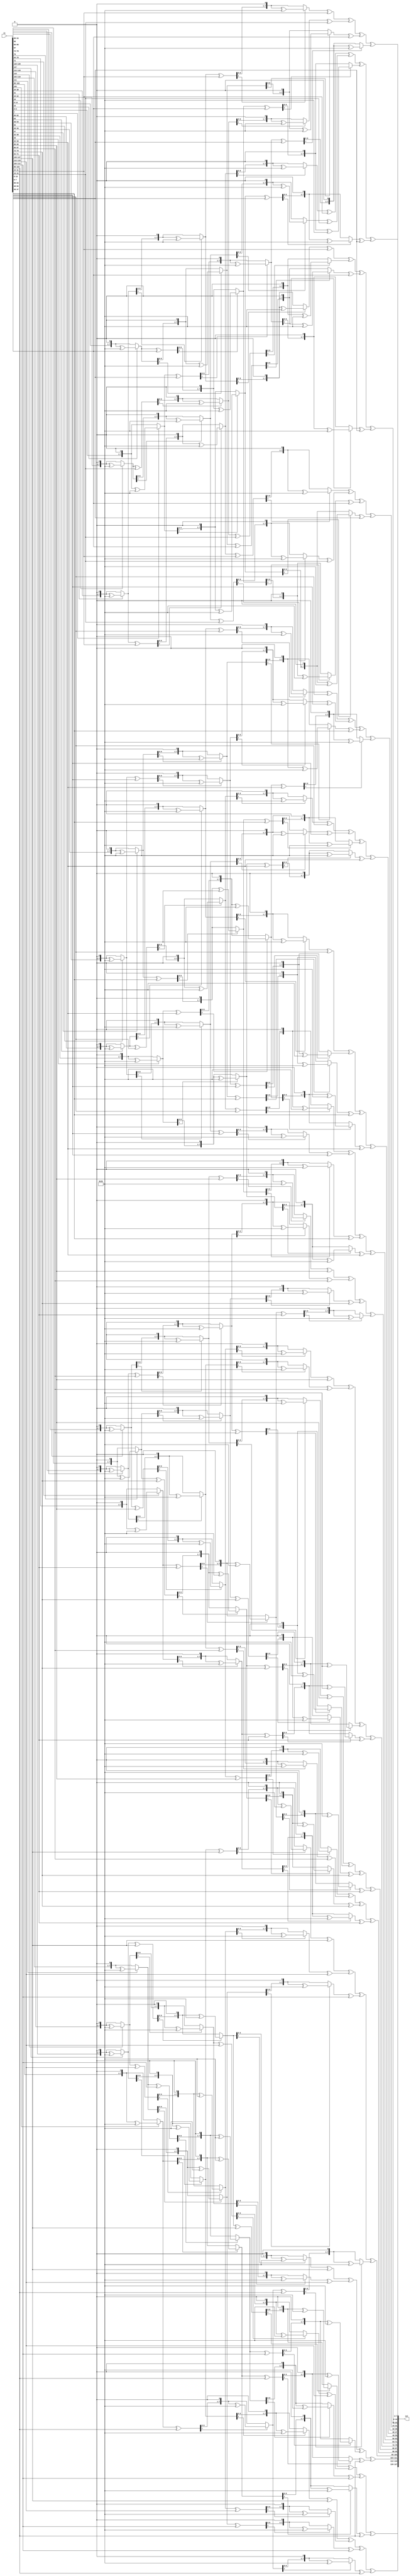
module Inv_MixColumns(input [127:0] in , output [127:0] out);
function [7:0] Mult2(input [7:0] in0);
    Mult2 = in0[7] ? (( in0 << 1 ) ^ 8'h1b) : (in0 << 1);
endfunction

function [7:0] Mult9(input [7:0] in1);
    Mult9 = (Mult2(Mult2(Mult2(in1)))) ^ in1;
endfunction 

function [7:0] Mult0e (input [7:0] in2);
    Mult0e = Mult2(Mult2(Mult2(in2)^in2)^in2);
endfunction

function [7:0] Mult0b (input [7:0] in3);
    Mult0b = (Mult2((Mult2(Mult2(in3)))^in3)) ^ in3;
endfunction

function [7:0] Mult0d (input [7:0] in4);
    Mult0d = (Mult2(Mult2(Mult2(in4)^in4))) ^ in4;
endfunction
genvar i;
generate
   for (i = 1 ; i < 5 ; i = i + 1) begin : invMix
    assign out[(i*32-1)-:8] = Mult0e(in[(i*32-1)-:8]) ^ Mult0b(in[(i*32-9)-:8]) ^ Mult0d(in[(i*32-17)-:8]) ^ Mult9(in[(i*32-25)-:8]);
   assign out[(i*32-9)-:8] = Mult9(in[(i*32-1)-:8]) ^ Mult0e(in[(i*32-9)-:8]) ^ Mult0b(in[(i*32-17)-:8]) ^ Mult0d(in[(i*32-25)-:8]);
   assign out[(i*32-17)-:8] = Mult0d(in[(i*32-1)-:8]) ^ Mult9(in[(i*32-9)-:8]) ^ Mult0e(in[(i*32-17)-:8]) ^ Mult0b(in[(i*32-25)-:8]);
   assign out[(i*32-25)-:8] = Mult0b(in[(i*32-1)-:8]) ^ Mult0d(in[(i*32-9)-:8]) ^ Mult9(in[(i*32-17)-:8]) ^ Mult0e(in[(i*32-25)-:8]);
end
endgenerate
endmodule